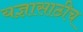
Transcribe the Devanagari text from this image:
यज्ञासाठीच